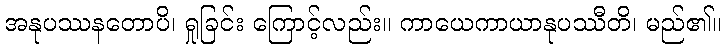
အနုပဿနတောပိ၊ ရှုခြင်း ကြောင့်လည်း။ ကာယေကာယာနုပဿီတိ၊ မည်၏။